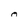
Character: m